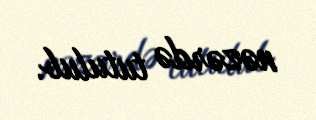
nəzərdə tutulub.